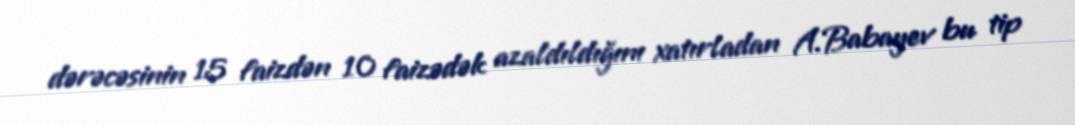
dərəcəsinin 15 faizdən 10 faizədək azaldıldığını xatırladan A.Babayev bu tip